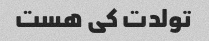
تولدت کی هست